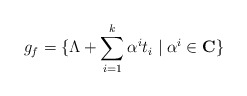
\begin{align*}g_f=\{\Lambda +\sum_{i=1}^{k}\alpha^i t_i \mid \alpha^i \in {\bf C} \}\end{align*}